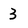
Character: 3